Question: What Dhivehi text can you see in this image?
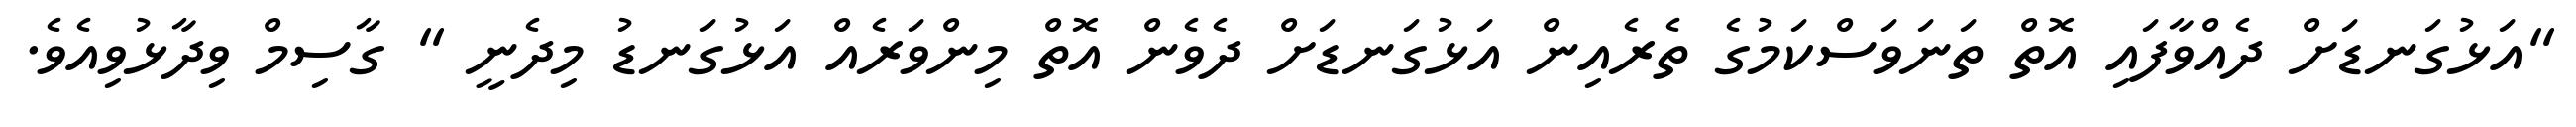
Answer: "އަޅުގަނޑަށް ދެއްވާފައި އޮތް ތަނަވަސްކަމުގެ ތެރެއިން އަޅުގަނޑަށް ދެވެން އޮތް މިންވަރެއް އަޅުގަނޑު މިދެނީ " ގާސިމް ވިދާޅުވިއެވެ.